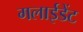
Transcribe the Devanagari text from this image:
गलाईडेंट